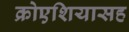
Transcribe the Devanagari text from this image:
क्रोएशियासह